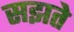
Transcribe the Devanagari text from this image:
सझते